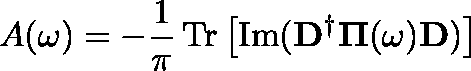
A ( \omega ) = - \frac { 1 } { \pi } \operatorname { T r } \left[ \operatorname { I m } ( \mathbf { D ^ { \dag } } \mathbf { \Pi } ( \omega ) \mathbf { D } ) \right]